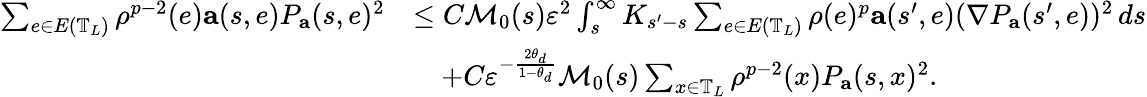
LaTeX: \begin{array}{rl}{\sum_{e\in E\left(\mathbb{T}_{L}\right)}\rho^{p-2}(e)\mathbf{a}(s,e)P_{\mathbf{a}}(s,e)^{2}}&{\leq C\mathcal{M}_{0}(s)\varepsilon^{2}\int_{s}^{\infty}K_{s^{\prime}-s}\sum_{e\in E\left(\mathbb{T}_{L}\right)}\rho(e)^{p}\mathbf{a}(s^{\prime},e)(\nabla P_{\mathbf{a}}(s^{\prime},e))^{2}\, ds}\\ &{\quad+C\varepsilon^{-\frac{2\theta_{d}}{1-\theta_{d}}}\mathcal{M}_{0}(s)\sum_{x\in\mathbb{T}_{L}}\rho^{p-2}(x)P_{\mathbf{a}}(s,x)^{2}.}\end{array}